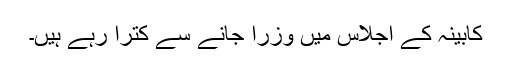
کابینہ کے اجلاس میں وزرا جانے سے کترا رہے ہیں۔